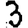
Digit: 3